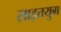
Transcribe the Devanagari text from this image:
साइतयुग